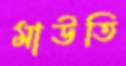
মাউতি